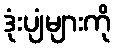
ဒုံးပျံများကို